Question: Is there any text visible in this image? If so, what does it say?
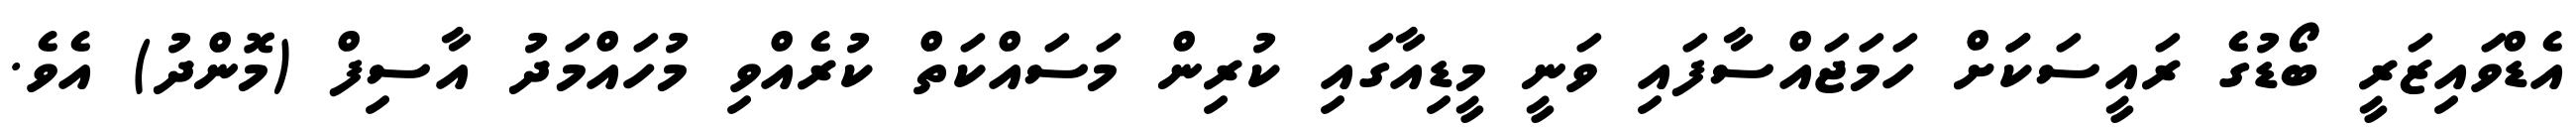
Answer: އެޑްވައިޒަރީ ބޯޑުގެ ރައީސަކަަށް ހަމަޖައްސާފައި ވަނީ މީޑިއާގައި ކުރިން މަސައްކަތް ކުރެއްވި މުހައްމަދު އާސިފް (މޮންދު) އެވެ.